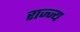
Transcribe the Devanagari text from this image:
राज्ज्य